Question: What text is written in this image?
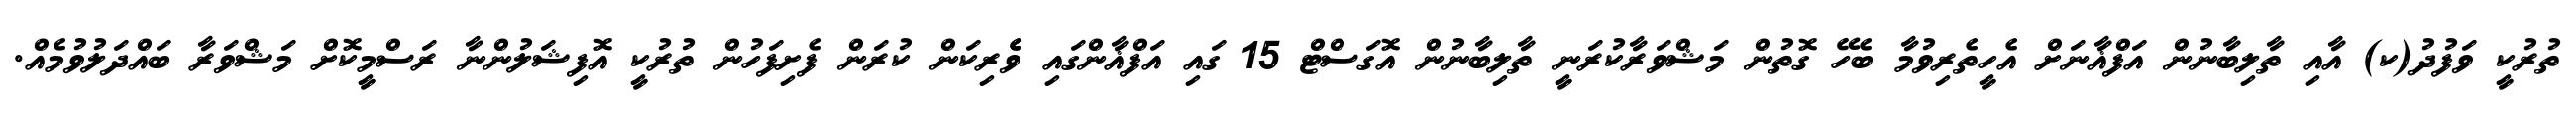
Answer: ތުރުކީ ވަފުދު(ކ) އާއި ތާލިބާނުން އަފްޣާނަށް އެހީތެރިވުމާ ބެހޭ ގޮތުން މަޝްވަރާކުރަނީ ތާލިބާނުން އޮގަސްޓް 15 ގައި އަފްޣާންގައި ވެެރިކަން ކުރަން ފެށިފަހުން ތުރުކީ އޮފިޝަލުންނާ ރަސްމީކޮށް މަޝްވަރާ ބައްދަލުވުމެއް.